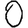
Digit: 0